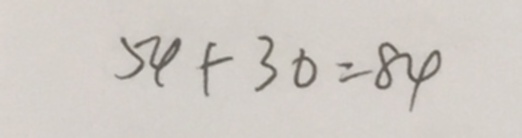
5 4 + 3 0 = 8 4